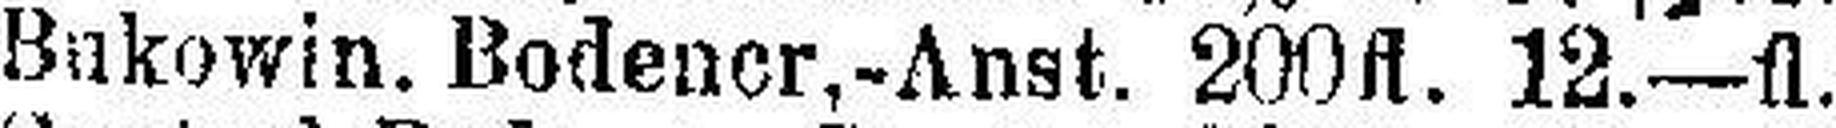
Bukowin. Bodencr.-Anst. 200fl. 12.—fl.